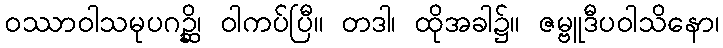
ဝဿာဝါသမုပဂဉ္ဆိ၊ ဝါကပ်ပြီ။ တဒါ၊ ထိုအခါ၌။ ဇမ္ဗူဒီပဝါသိနော၊